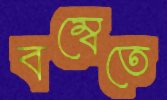
বম্বেতে